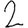
Digit: 2